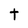
Character: t